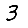
Digit: 3